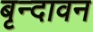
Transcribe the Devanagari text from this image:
बृन्दावन